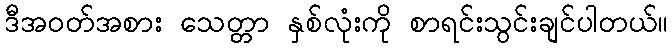
ဒီအဝတ်အစား သေတ္တာ နှစ်လုံးကို စာရင်းသွင်းချင်ပါတယ်။